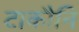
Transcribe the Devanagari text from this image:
टाकौनि